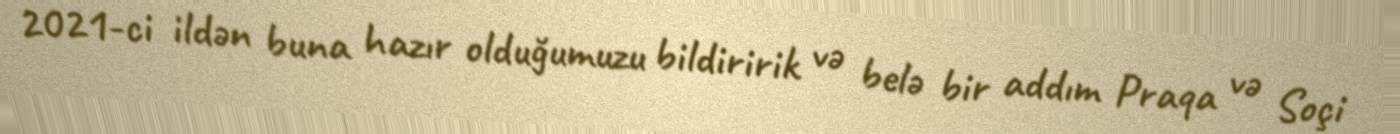
2021-ci ildən buna hazır olduğumuzu bildiririk və belə bir addım Praqa və Soçi